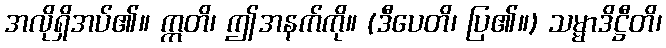
အလိုရှိအပ်၏။ ဣတိ၊ ဤအနက်ကို။ (ဒီပေတိ၊ ပြ၏။) သမ္မာဒိဋ္ဌီတိ၊